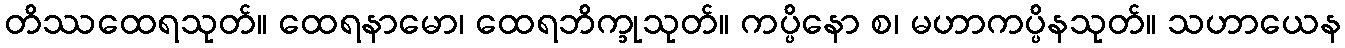
တိဿထေရသုတ်။ ထေရနာမော၊ ထေရဘိက္ခုသုတ်။ ကပ္ပိနော စ၊ မဟာကပ္ပိနသုတ်။ သဟာယေန